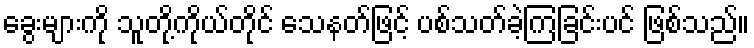
ခွေးများကို သူတို့ကိုယ်တိုင် သေနတ်ဖြင့် ပစ်သတ်ခဲ့ကြခြင်းပင် ဖြစ်သည်။